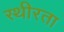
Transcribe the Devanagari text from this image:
स्थीरता